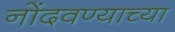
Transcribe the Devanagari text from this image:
नोंदवण्याच्या